Lunatic asylums Madras 1877-1891 - 1877-1891
Year: 1877
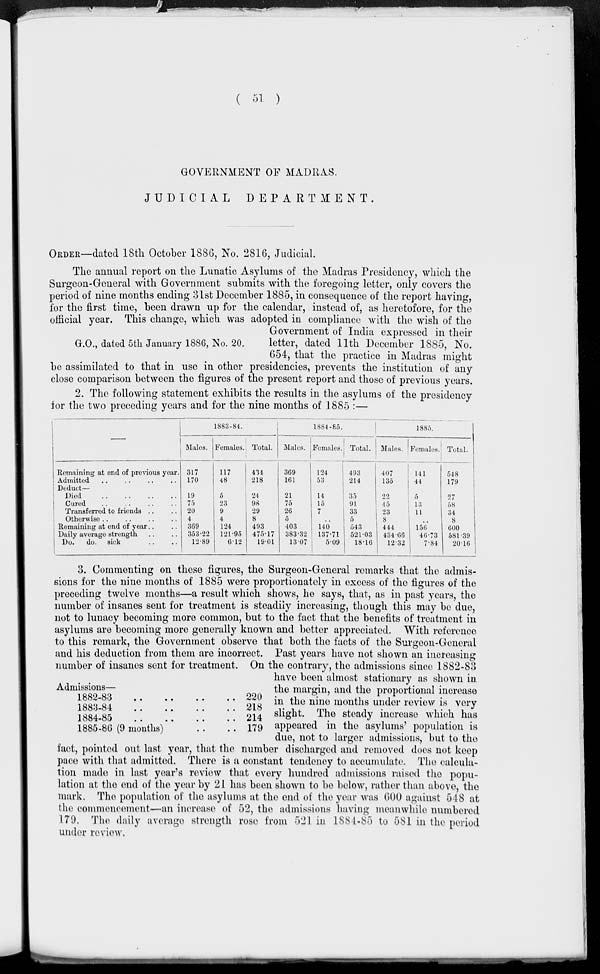
( 51 )
GOVERNMENT OF MADRAS.
JUDICIAL
DEPARTMENT.
ORDER—dated 18th October 1886, No. 2816, Judicial.
G.O., dated 5th January 1886, No. 20.
The annual report on the Lunatic Asylums of the Madras Presidency, which the
Surgeon-General with Government submits with the foregoing letter, only covers the
period of nine months ending 31st December 1885, in consequence of the report having,
for the first time, been drawn up for the calendar, instead of, as heretofore, for the
official year. This change, which was adopted in compliance with the wish of the
Government of India expressed in their
letter, dated 11th December 1885, No.
654, that the practice in Madras might
be assimilated to that in use in other presidencies, prevents the institution of any
close comparison between the figures of the present report and those of previous years.
2. The following statement exhibits the results in the asylums of the presidency
for the two preceding years and for the nine months of 1885 :—
Remaining at end of previous year.
Admitted .. .. .. ..
Deduct—
Died
..
..
..
..
Cured .. .. .. ..
Transferred to friends .. ..
Otherwise .. .. .. ..
Remaining at end of year .. ..
Daily average strength .. ..
Do.
do. sick .. ..
1883-84.
Males.
317
170
19
75
20
4
369
353.22
12.89
Females.
117
48
5
23
9
4
124
121.95
6.12
Total.
434
218
24
98
29
8
493
475.17
19.01
1884-85.
Males.
369
161
21
75
26
5
403
383.32
13.07
Females.
124
53
14
15
7
..
140
137.71
5.09
Total.
493
214
35
91
33
5
543
521.03
18.16
1885.
Males.
407
135
22
45
23
8
444
434.66
12.32
Females.
141
44
5
13
11
..
156
46.73
7.84
Total.
548
179
27
58
34
8
600
581.39
20.16
Admissions—
1882-83 .. .. .. .. .. ..
1883-84 .. .. .. .. .. ..
1884-85 .. .. .. .. .. ..
1885-86 (9 months) .. ..
220
218
214
179
3. Commenting on these figures, the Surgeon-General remarks that the admis-
sions for the nine months of 1885 were proportionately in excess of the figures of the
preceding twelve months—a result which shows, he says, that, as in past years, the
number of insanes sent for treatment is steadily increasing, though this may be due,
not to lunacy becoming more common, but to the fact that the benefits of treatment in
asylums are becoming more generally known and better appreciated. With reference
to this remark, the Government observe that both the facts of the Surgeon-General
and his deduction from them are incorrect. Past years have not shown an increasing
number of insanes sent for treatment. On the contrary, the admissions since 1882.83
have been almost stationary as shown in
the margin, and the proportional increase
in the nine months under review is very
slight. The steady increase which has
appeared in the asylums' population is
due, not to larger admissions, but to the
fact, pointed out last year, that the number discharged and removed does not keep
pace with that admitted. There is a constant tendency to accumulate. The calcula-
tion made in last year's review that every hundred admissions raised the popu-
lation at the end of the year by 21 has been shown to be below, rather than above, the
mark. The population of the asylums at the end of the year was 600 against 548 at
the commencement—an increase of 52, the admissions having meanwhile numbered
179. The daily average strength rose from 521 in 1884-85 to 581 in the period
under review.